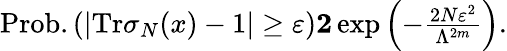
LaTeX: \begin{array}{r}{\mathrm{Prob.}\left(\left|\mathrm{Tr}\sigma_{N}(x)-1\right|\ge\varepsilon\right)\le 2\exp\left(-\frac{2N\varepsilon^{2}}{\Lambda^{2m}}\right).}\end{array}